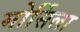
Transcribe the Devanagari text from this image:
मोर्सिला